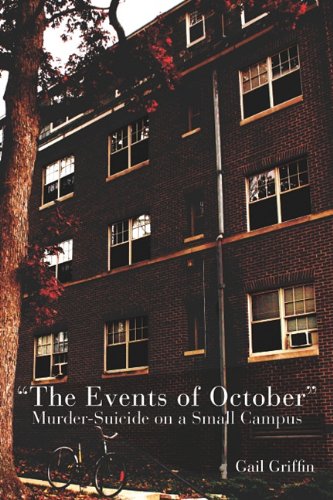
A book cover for "The Events of October": Murder-Suicide on a Small Campus (Painted Turtle); Gail Griffin; Self-Help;